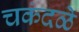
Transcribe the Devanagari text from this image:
चकंदळे